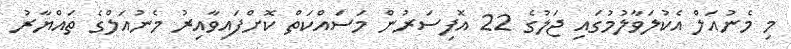
މި މެނުއަލް އެކުލަވާލުމުގައި ޖަލުގެ 22 އޮފިސަރުން މަސައްކަތް ކޮށްފައިވާއިރު މެނުއަލްގެ ތައްޔާރު